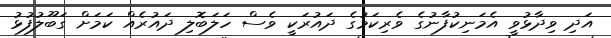
އަދި ވިދާޅުވީ އެމަނިކުފާނުގެ ވެރިކަމުގެ ދައުރަކީ ވެސް ހަލަބޮލި ދައުރެއް ކަމަށް ގަބޫލުފުޅު